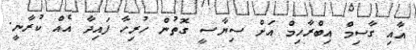
އާއި ގާސިމް އިބްރާހިމް އަށް ސިޔާސީ ގޮތުން ހުރިހާ ފައިދާ އެއް ކުރާނީ.